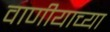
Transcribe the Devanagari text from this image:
वाणीयाच्या